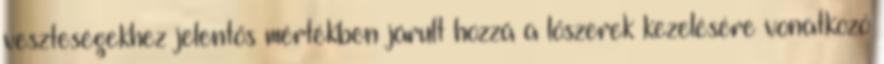
veszteségekhez jelentős mértékben járult hozzá a lőszerek kezelésére vonatkozó